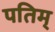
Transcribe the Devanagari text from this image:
पतिम्